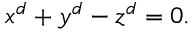
x ^ { d } + y ^ { d } - z ^ { d } = 0 .